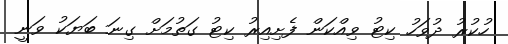
ހުކުރު ދުވަހު ކިޓު ވިއްކަން ފެށިއިރު ކިޓު ގަތުމަށް ގިނަ ބަޔަކު ވަނީ